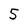
Character: 5